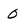
Character: 0